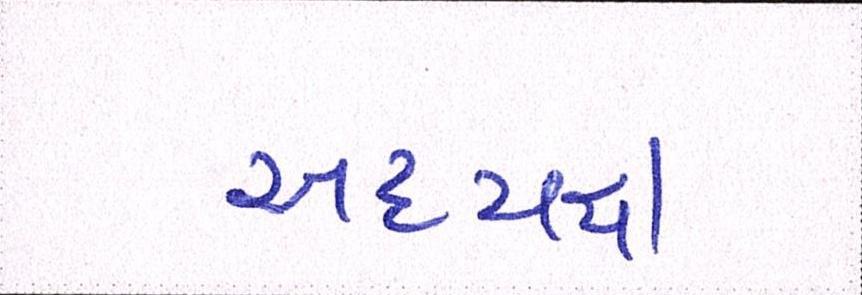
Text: અધ્યક્ષ